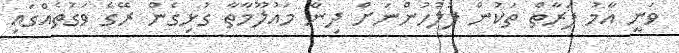
ވަނީ އާމު ފަރާތް ތަކުން ފުލުހުންނަށް ދިން މައުލޫމާތާ ގުޅިގެން ރޭގެ ވަގުތެއްގައި